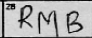
Transcription: RMB